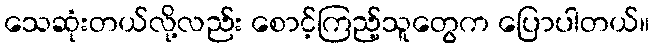
သေဆုံးတယ်လို့လည်း စောင့်ကြည့်သူတွေက ပြောပါတယ်။